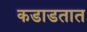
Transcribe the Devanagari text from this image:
कडाडतात